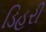
ડિહરી